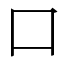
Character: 口